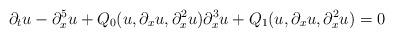
LaTeX: \begin{align*}\partial_tu - \partial_x^5u + Q_0(u,\partial_xu,\partial_x^2u)\partial_x^3u + Q_1(u,\partial_xu,\partial_x^2u)= 0\end{align*}